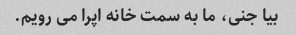
بیا جنی، ما به سمت خانه اپرا می رویم.